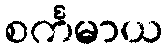
စင်္ကမာယ